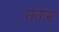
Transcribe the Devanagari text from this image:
सताम्